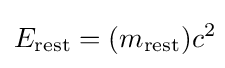
E_{\mathrm {rest} }=(m_{\mathrm {rest} })c^{2}\!